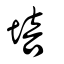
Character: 培